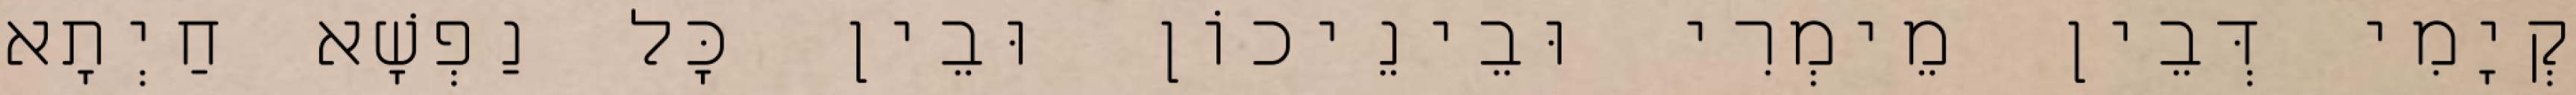
קְיָמִי דְּבֵין מֵימְרִי וּבֵינֵיכוֹן וּבֵין כָּל נַפְשָׁא חַיְתָא